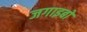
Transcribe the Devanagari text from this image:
जगाइबो